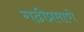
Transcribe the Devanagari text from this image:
गढीप्रमाणे